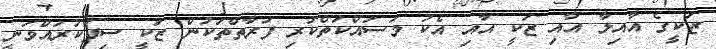
ޒަކީގެ އާއިލާ އާއި ޒަކީ އާއި އެކު މަސައްކަތްކުރި ފަރާތްތަކުން ޒަކީ ސިފަކުރައްވަނީ